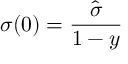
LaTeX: \sigma ( 0 ) = \frac { \hat { \sigma } } { 1 - y }